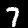
Label: 7